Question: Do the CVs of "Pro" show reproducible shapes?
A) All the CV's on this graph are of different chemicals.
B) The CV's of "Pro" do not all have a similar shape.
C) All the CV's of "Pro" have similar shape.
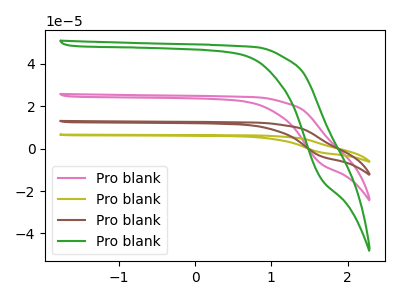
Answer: <think>The pink curve "Pro blank1" has no peaks. The olive curve "Pro blank2" has no peaks. The brown curve "Pro blank3" has no peaks. The green curve "Pro blank4" has no peaks.
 Neither "Pro blank1" or "Pro blank2" have any peaks. Neither "Pro blank1" or "Pro blank3" have any peaks. Neither "Pro blank1" or "Pro blank4" have any peaks. Neither "Pro blank2" or "Pro blank3" have any peaks. Neither "Pro blank2" or "Pro blank4" have any peaks. Neither "Pro blank3" or "Pro blank4" have any peaks.</think>
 <answer>C) All the CV's of "Pro" have similar shape.</answer>
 <eval>C</eval>